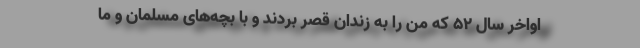
اواخر سال 52 كه من را به زندان قصر بردند و با بچه‌های مسلمان و ما